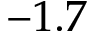
- 1 . 7